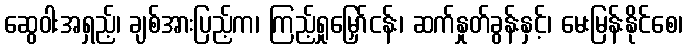
ဆွေဝါးအရှည့်၊ ချစ်အားပြည့်က၊ ကြည့်ရှုမြှော်ငန်း၊ ဆက်နှုတ်ခွန်းနှင့်၊ မေးမြန်းနိုင်စေ၊